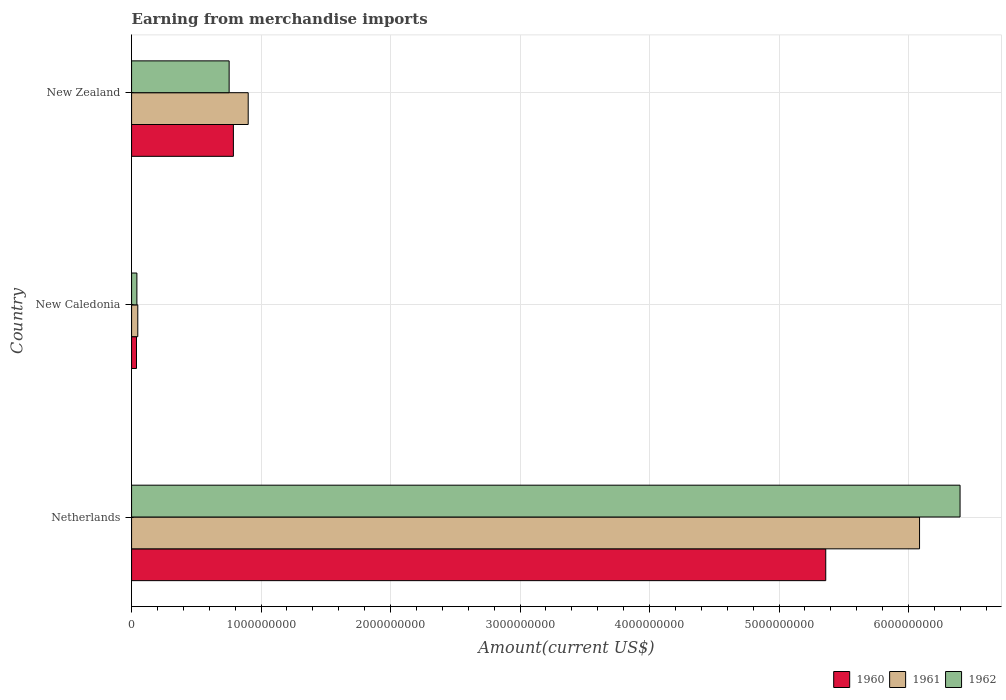
| Country | 1960 | 1961 | 1962 |
 | --- | --- | --- | --- |
 | Netherlands | 5.36e+09 | 6.09e+09 | 6.4e+09 |
 | New Caledonia | 3.8e+07 | 4.8e+07 | 4.1e+07 |
 | New Zealand | 7.86e+08 | 9.01e+08 | 7.53e+08 |